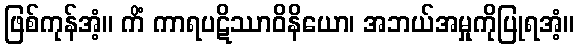
ဖြစ်ကုန်အံ့။ ကိံ ကာရပဋိဿာဝိနိယော၊ အဘယ်အမှုကိုပြုရအံ့။